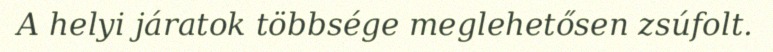
A helyi járatok többsége meglehetősen zsúfolt.